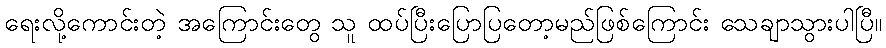
ရေးလို့ကောင်းတဲ့ အကြောင်းတွေ သူ ထပ်ပြီးပြောပြတော့မည်ဖြစ်ကြောင်း သေချာသွားပါပြီ။